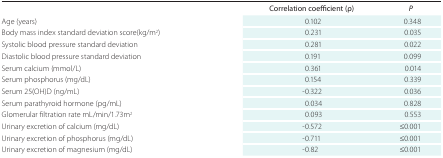
<table><thead><tr><td></td><td><b>Correlation coefficient (ρ)</b></td><td><b><i>P</i></b></td></tr></thead><tbody><tr><td>Age (years)</td><td>0.102</td><td>0.348</td></tr><tr><td>Body mass index standard deviation score(kg/m<sup>2</sup>)</td><td>0.231</td><td>0.035</td></tr><tr><td>Systolic blood pressure standard deviation</td><td>0.281</td><td>0.022</td></tr><tr><td>Diastolic blood pressure standard deviation</td><td>0.191</td><td>0.099</td></tr><tr><td>Serum calcium (mmol/L)</td><td>0.361</td><td>0.014</td></tr><tr><td>Serum phosphorus (mg/dL)</td><td>0.154</td><td>0.339</td></tr><tr><td>Serum 25(OH)D (ng/mL)</td><td>-0.322</td><td>0.036</td></tr><tr><td>Serum parathyroid hormone (pg/mL)</td><td>0.034</td><td>0.828</td></tr><tr><td>Glomerular filtration rate mL/min/1.73m<sup>2</sup></td><td>0.093</td><td>0.553</td></tr><tr><td>Urinary excretion of calcium (mg/dL)</td><td>-0.572</td><td>≤0.001</td></tr><tr><td>Urinary excretion of phosphorus (mg/dL)</td><td>-0.711</td><td>≤0.001</td></tr><tr><td>Urinary excretion of magnesium (mg/dL)</td><td>-0.82</td><td>≤0.001</td></tr></tbody></table>